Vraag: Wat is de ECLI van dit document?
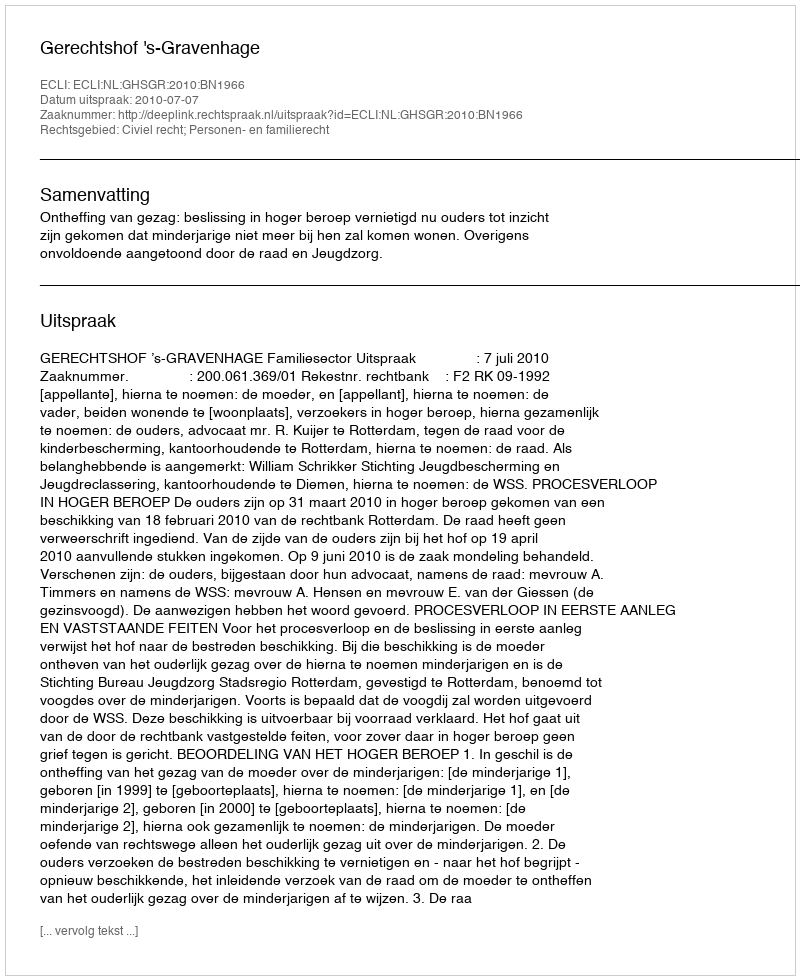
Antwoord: ECLI:NL:GHSGR:2010:BN1966